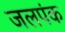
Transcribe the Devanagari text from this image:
जलपंक